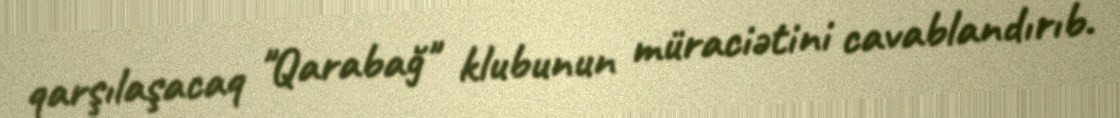
qarşılaşacaq "Qarabağ" klubunun müraciətini cavablandırıb.